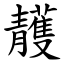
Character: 䨼